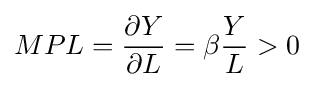
MPL={\frac {\partial Y}{\partial L}}=\beta {\frac {Y}{L}}>0